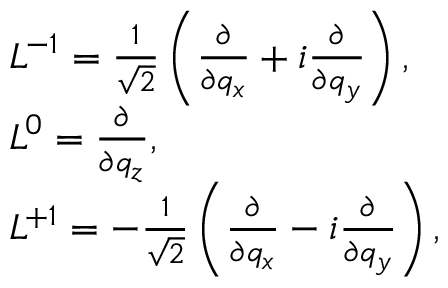
\begin{array} { l } { { { \cal L } ^ { - 1 } = \frac { 1 } { \sqrt { 2 } } \left( \frac { \partial } { \partial q _ { x } } + i \frac { \partial } { \partial q _ { y } } \right) , } } \\ { { { \cal L } ^ { 0 } = \frac { \partial } { \partial q _ { z } } , } } \\ { { { \cal L } ^ { + 1 } = - \frac { 1 } { \sqrt { 2 } } \left( \frac { \partial } { \partial q _ { x } } - i \frac { \partial } { \partial q _ { y } } \right) , } } \end{array}